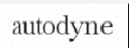
autodyne